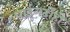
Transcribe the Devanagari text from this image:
घाईगर्दीही